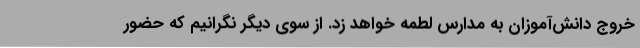
خروج دانش‌آموزان به مدارس لطمه خواهد زد. از سوی دیگر نگرانیم که حضور